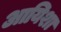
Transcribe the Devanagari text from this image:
आयिशा